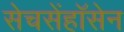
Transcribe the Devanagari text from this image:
सेचसेंहॉसेन